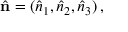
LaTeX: { \hat { \mathbf { n } } } = ( { \hat { n } } _ { 1 } , { \hat { n } } _ { 2 } , { \hat { n } } _ { 3 } ) \, ,